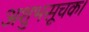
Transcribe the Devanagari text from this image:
अशुभसूचक।